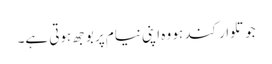
جو تلوار کند ہو وہ اپنی نیام پر بوجھ ہوتی ہے۔